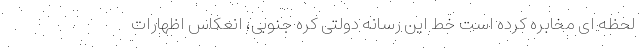
لحظه ای مخابره کرده است خط این رسانه دولتی کره جنوبی، انعکاس اظهارات